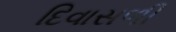
દિવાસળી